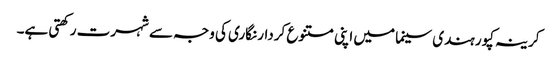
کرینہ کپور ہندی سینما میں اپنی متنوع کردار نگاری کی وجہ سے شہرت رکھتی ہے۔